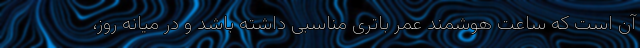
آن است که ساعت هوشمند عمر باتری مناسبی داشته باشد و در میانه روز،